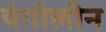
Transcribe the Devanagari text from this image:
पंगोलीन